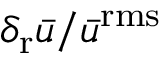
{ \delta _ { \mathrm { { r } } } } \bar { u } / { { \bar { u } } ^ { \mathrm { { r m s } } } }